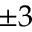
\pm 3